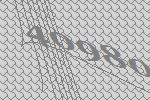
40980